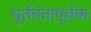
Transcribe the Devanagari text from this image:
धूर्तततापूर्वक